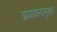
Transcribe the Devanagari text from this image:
अध्ययनानुसार